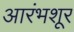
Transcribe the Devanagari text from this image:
आरंभशूर